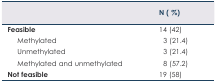
<table><thead><tr><td></td><td><b>N (%)</b></td></tr></thead><tbody><tr><td><b>Feasible</b></td><td>14 (42)</td></tr><tr><td>Methylated</td><td>3 (21.4)</td></tr><tr><td>Unmethylated</td><td>3 (21.4)</td></tr><tr><td>Methylated and unmethylated</td><td>8 (57.2)</td></tr><tr><td><b>Not feasible</b></td><td>19 (58)</td></tr></tbody></table>